Calcutta medical institutions reports 1871-78
Year: 1871
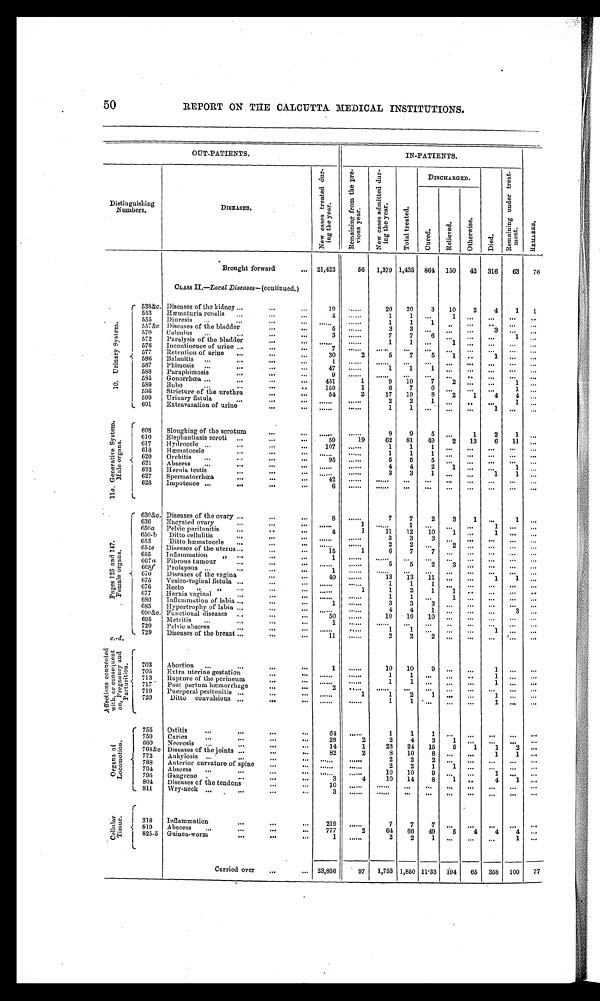
50
REPORT ON THE CALCUTTA MEDICAL INSTITUTIONS.
OUT-PATIENTS.
IN-PATIENTS.
Distinguishing
Numbers.
DISEASES.
N e w c a s e s t r e a t e d d u r i n g t h e y e a r .
R e m a i n i n g f r o m t h e p r e v i o u s y e a r .
N e w c a s e s a d m i t t e d d u r i n g t h e y e a r .
DISCHARGED.
D i e d . R e m a i n i n g u n d e r t r e a t m e n t .
R E M A R K S .
T o t a l t r e a t e d .
C u r e d .
R e l i e v e d .
O t h e r w i s e .
Brought forward
...
2 1 , 4 2 3 56 1,379 1,435 864
1 5 0
4 2
3 1 6 63 76
CLASS II —Local Diseases—(continued.)
1 0 . U r i n a r y s y s t e m .
538&c. Diseases of the kidney ...
...
......
1 9 ......
20 20
3 10
2
4
1 1
553 Hæmaturia renalis ...
...
4 ......
1
1 ...
1
. . . . . . ...
. . .
555 Diuresis ...
...
...
... ....
. . . . . 1
1
1
. . .
. . . . . .
. . .
. . .
557&c Diseases of the bladder
. . . . . .
...
5 ......
3
3
. . .
. . .
. . .
3
. . . . . .
570 Cal cul us . . . . . . . . .
. . . 3 .....
7
7
6
. . .
... ...
1
. . .
572 Paralysis of the bladder ...
...
. . . . . .
. . . . . . . . . 1
1 ...
1
. . .
. . .
. . . ...
576 Incontinence of urine ...
...
...
7
. . . . . .
. . .
. . .
. . .
. . .
. . .
. . .
. . .
577 Retention of urine . . . . . .
. . . 30
2
5
7
5
1 ..
1
. . . . . .
586 Balanitis...
...
1
. . . . . .
. . . . . .
. . .
. . .
. . .
. . .
. . .
. . .
587 Phimosis ...
...
...
...
47 ......
1
1
1
. . .
. . .
. . .
. . . . . .
5S8 Paraphimosis
...
...
9
. . . . . .
. . .
. . .
. . .
. . .
. . .
. . .
. . . . . .
595 Gonorrhœa ... ... ...
...
451
1
9 10
7
2 ...
...
1
. . .
589 Bubo
...
...
...
159
1
6
7
6
. . .
. . .
. . . 1 ...
596 Stricture of the urethra
...
...
5 4
2
17 19
8
2
1
4
4
. . .
599 Urinary fistula...
...
...
. . . . . .
. . . . . .
2
2
1
. . .
. . . . . . 1 ...
601 Extravasation of urine..
... ......
......
1
1
. . .
. . .
. . . 1
. . .
. . .
1 1aG
e n e r a t i v e S y s t e m . M a l e o r g a n s . 608
Sloughing of the scrotum
...
... ....
. . . . . .
9
9
5
. . . 1
2
1
. . .
610 Elephantiasis scroti ... ...
...
59
19
62 81 49
2
1 3 6 11
. . .
617 Hydrocele .... ... ...
...
107 ......
1
1
1 ... ... ...
... ...
618
14 Hæmatocele ..
... ......
. . . . . .
1
1
1
. . .
. . .
. . . . . . ...
620 Orchitis ...
...
...
. . . 95 ......
5
5 5
. . .
. . .
. . . . . .
. . .
621 Abscess ...
...
...
...
. . . ......
4
4
2
1
. . .
. . . 1
. . .
622 Hernia testis
...
...
... ......
......
3
3
1
. . .
. . .
1
1 ...
627
628
Spermatorrhœa
.
...
Impotence ...
...
•
...
...
...
42
6
. . . . . . . . . . . .
. . . . . . . . . . . . . ... . . . ... . . .
. . .
. . .
. . .
. . .
. . .
. . .
. . .
. . .
. . .
. . .
P a g e 1 2 5 a n d 1 4 7 . F e m a l e o r g a n s .
630&c. Diseases of the ovary ...
...
...
8 ......
7
7
2
3
1
. . .
1 . . .
636 Encysted ovary
...
...
...
. . . . . .
1
. . . . . . 1
. . .
. . . . . .
1
. . . . . .
690a Pelvic peritonitis
...
. . .
4
1
11 12 10
1 ...
1 . . . ...
650-b Ditto cellulitis
..,
...
. . . ......
......
3
3
3
. . .
. . . . . .
. . .
. . .
653
Ditto hæmatocele ... ...
.. ...... ......
2
2
. . .
2
. . . . . .
. . .
. . .
654e Diseases of the uterus ... ...
...
15
1
6
7
7 ... ... ... ... ...
655 Inflammation
„ ...
...
...
1
. . . ......
. . .
. . .
. . .
. . .
. . .
. . .
. . .
667 a Fibrosis tumour
...
...
...
. . . . . . ......
5
5
2
3
. . . . . .
. . .
. . .
668f Prolapsus ...
...
•••
...
1
. . . . . .
. . . . . . ...
...
. . . ... ... ... ...
670 Diseases of the vagina
...
40 ......
13 13 11 ...
...
1
675 Vesico-vagival fistula ...
...
...
......
1
1
1
... ... ... ...
676 Recto „
,, ... ...
. . . ......
1
1
2
1
1
. . . . . .
. . .
. . .
677 Hernia vaginal
...
...
...
. . . . . .
. . . . . .
1
1 ...
1
. . . . . .
. . .
680 Inflammation of labia ...
...
. . .
1 ......
3
3
3 ...
. . . ...
... ...
685 Hypestrophy of labia ...
...
...
. . . . . .
. . . . . . . . .
4
4
1
. . . ...
...
. . .
690&c Functional diseases . . . . . .
. . . 50 ......
10 10 10
. . .
. . . . . .
. . .
695 Metritis ...
... ...
...
1
. . . . . .
. . . . . . ...
...
..
...
...
...
...
720 Pelvic abscess
... ...
. . . ......
.....
1
1
. . .
. . .
. . . 1 ...
...
729 Diseases of the breast ...
...
. . .
1 1 ......
2
2
2
. . .
. . .
. . .
. . .
. . .
A f f e c t i o n c o n n e c t e d w i t h , o r c o n s e q u e n t o n , P r e g a n a n c y a n d p a r t u r i t i o n .
c . - d .
703 Abortion ... . . . . . .
. . .
1 ......
10 10
9
. . .
. . .
1
. . .
. . .
705 Extra uterine gestation ...
. . .
. . . . . .
. . . . . .
1
1
. . .
. . . 1 . . .
. . .
713 Rupture of the perineum
...
...
. . . . . .
. . . . . .
1
1
. . . . . .
. . . 1 ... ...
.
' 717 Post partum hæmorrhage ...
...
2 ......
......
. . . ...
. . .
. . .
. . .
. . .
. . .
719 Puerperal peritonitis ...
...
. . . ......
1
1
2
1
. . .
. . . 1
. . .
. . .
729
Ditto convulsions ...
...
. . .
. . . . . .
1
1
. . .
. . .
. . .
. . . 1
. . .
. . .
O r g a n s o f L o c o m o t i o n .
755 Ostitis
...
. . . . . .
...
64 ......
1
1
1
. . .
. . . . . .
. . .
. . .
759 Caries
...
. . . . . .
...
28
2
2
4
3
1
. . .
. . .
...
. . .
660 Necrosis ...
...
...
...
14
1
23 24 15
5
1
1
2
. . .
76S&c Diseases of the joints ...
...
...
82
2
8 10
8 ...
...
1
1
. . .
772 Ankylosis ... ... ... ...
.... ......
. . . . . .
2
2
2
. . .
. . .
. . .
. . .
. . .
788 Anterior curvature of spine
...
. . .
. . . . . .
. . . . . .
2
2
1
1
. . .
. . .
. . .
. . .
794
Abscess ...
...
...
. . .
. . . . . . .
. . . . . .
10
...... 10
9
. . .
. . .
1 ...
. . .
795 Gangrene ... ... ...
...
. 3
4
10 14
8
1
. . .
4
1
. . .
804 Diseases of the tendons
...
...
lo
. . . . . .
. . . . . . . ...
...
...
...
. . .
. . .
811
Wry-neck ...
...
...
3
. . . . . .
. . . . . .
. . .
. . .
. . .
. . . . . .
. . .
. . .
C e l l u l a r T i s s u e 318
819
Inflammation
...
...
Abscess ...
...
...
...
...
219 7 7 7 ...... 2
7
64
7
66
7
49
. . .
5
. . .
4
. . .
4
. . .
4
. . .
. . .
825-5 Guinea-worm
...
..
...
1 ......
2
2
1 ...
. . .
. . .
1
. . .
Carried over ..,
,.. 23,856
97 1,753 1,850 11.33 194 65 358 100 77
•